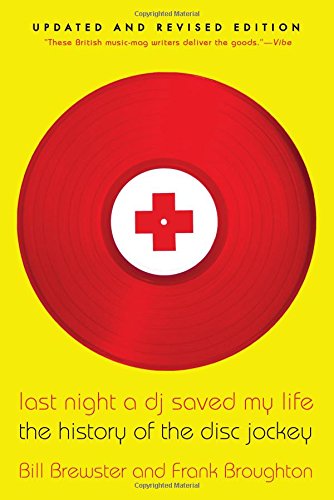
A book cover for Last Night a DJ Saved My Life: The History of the Disc Jockey; Bill Brewster; Arts & Photography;